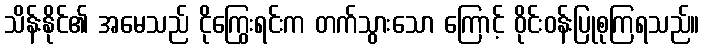
သိန်းနိုင်၏ အမေသည် ငိုကြွေးရင်းက တက်သွားသော ကြောင့် ဝိုင်းဝန်းပြုစုကြရသည်။